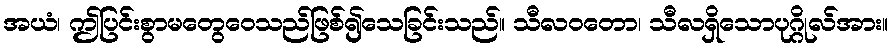
အယံ၊ ဤပြင်းစွာမတွေဝေသည်ဖြစ်၍သေခြင်းသည်။ သီလဝတော၊ သီလရှိသောပုဂ္ဂိုလ်အား။